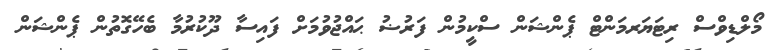
މޯލްޑިވްސް ރިޓަޔަރމަންޓް ޕެންޝަން ސްކީމުން ފަރުޟު ޙައްޖުވުމަށް ފައިސާ ދޫކުރުމާ ބެހޭގޮތުން ޕެންޝަން